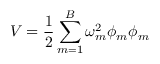
V = \frac { 1 } { 2 } \sum _ { m = 1 } ^ { B } \omega _ { m } ^ { 2 } \phi _ { m } \phi _ { m }